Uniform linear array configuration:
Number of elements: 64
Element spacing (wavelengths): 0.5
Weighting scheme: exponential
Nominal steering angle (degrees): -30
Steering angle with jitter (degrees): -28.91
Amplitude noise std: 0.05
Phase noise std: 0.05

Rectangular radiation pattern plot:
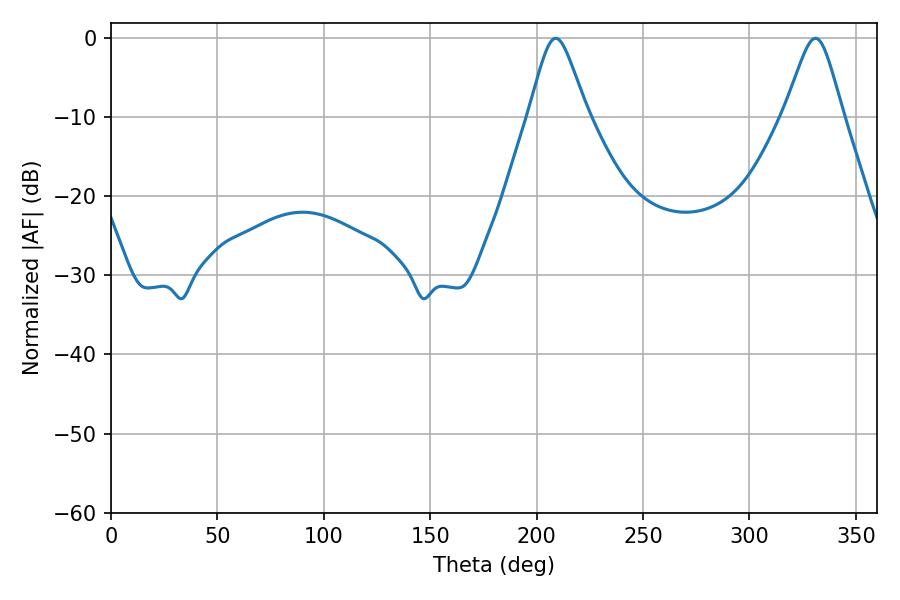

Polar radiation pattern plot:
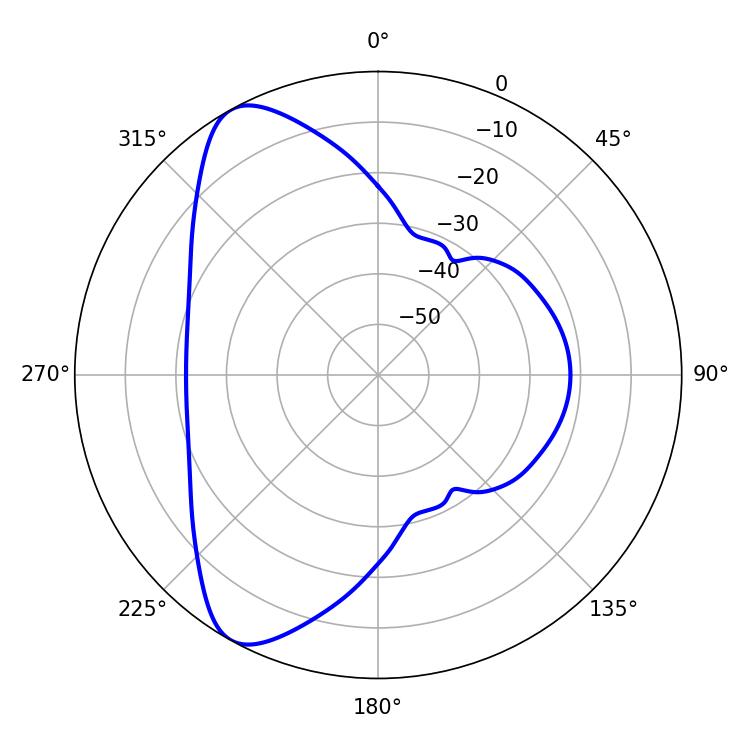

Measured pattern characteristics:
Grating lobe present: FALSE
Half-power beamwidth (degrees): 13.14
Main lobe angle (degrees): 208.98